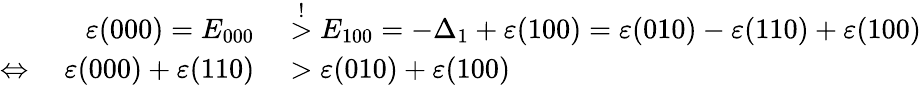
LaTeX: \begin{array}{rl}{\varepsilon(000)=E_{000}}&{{}\stackrel{!}{>}E_{100}=-\Delta_{1}+\varepsilon(100)=\varepsilon(010)-\varepsilon(110)+\varepsilon(100)}\\ {\Leftrightarrow\quad\varepsilon(000)+\varepsilon(110)}&{{}>\varepsilon(010)+\varepsilon(100)}\end{array}